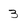
Character: 3